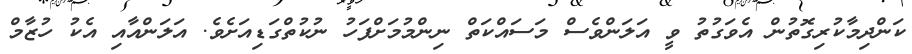
ކަންދިމާކުރިގޮތުން އެވަގުތު ވީ އަލަންވެސް މަސައްކަތް ނިންމުމަށްފަހު ނުކުތްގަޑިއަށެވެ. އަލަންއާއި އެކު ހުޒާމް